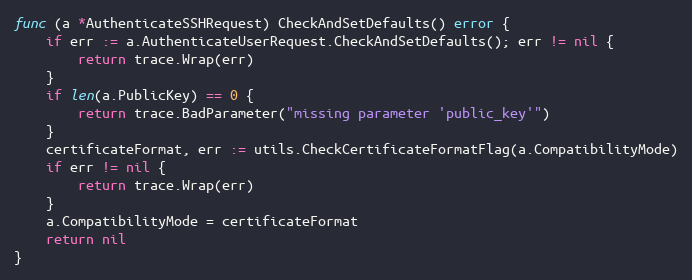
Language: Go
func (a *AuthenticateSSHRequest) CheckAndSetDefaults() error {
	if err := a.AuthenticateUserRequest.CheckAndSetDefaults(); err != nil {
		return trace.Wrap(err)
	}
	if len(a.PublicKey) == 0 {
		return trace.BadParameter("missing parameter 'public_key'")
	}
	certificateFormat, err := utils.CheckCertificateFormatFlag(a.CompatibilityMode)
	if err != nil {
		return trace.Wrap(err)
	}
	a.CompatibilityMode = certificateFormat
	return nil
}